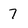
Character: 7